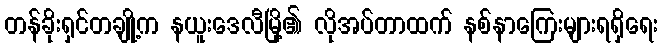
တန်ခိုးရှင်တချို့က နယူးဒေလီမြို့၏ လိုအပ်တာထက် နစ်နာကြေးများရရှိရေး